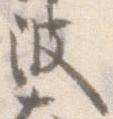
波